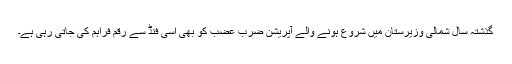
گذشتہ سال شمالی وزیرستان میں شروع ہونے والے آپریشن ضرب عضب کو بھی اسی فنڈ سے رقم فراہم کی جاتی رہی ہے۔